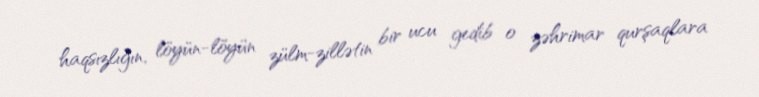
haqsızlığın, löyün-löyün zülm-zillətin bir ucu gedib o zəhrimar qurşaqlara